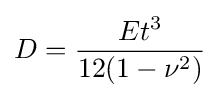
D={\frac {Et^{3}}{12(1-\nu ^{2})}}